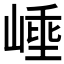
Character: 𭖼